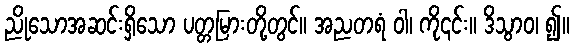
ညိုသောအဆင်းရှိသော ပတ္တမြားတို့တွင်။ အညတရံ ဝါ၊ ကို၎င်း။ ဒိသွာဝ၊ ၍။